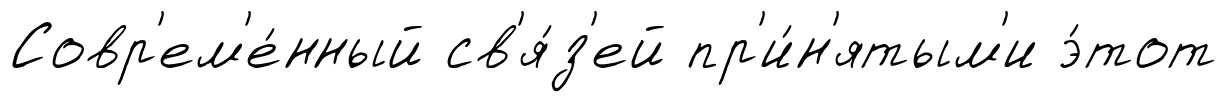
Совр'ем'е́нный св'я́з'ей пр'и́н'ятым'и э́тот